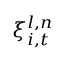
\xi _ { i , t } ^ { l , n }